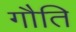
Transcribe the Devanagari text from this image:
गौति